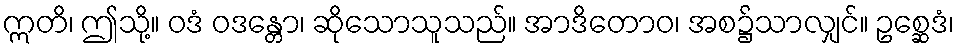
ဣတိ၊ ဤသို့။ ဝဒံ ဝဒန္တော၊ ဆိုသောသူသည်။ အာဒိတောဝ၊ အစ၌သာလျှင်။ ဥစ္ဆေဒံ၊